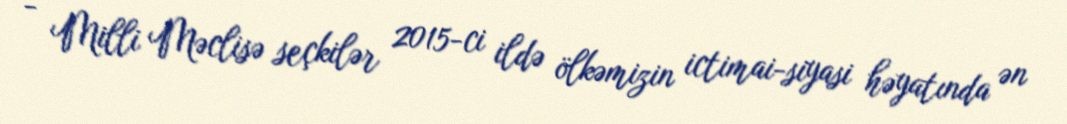
- Milli Məclisə seçkilər 2015-ci ildə ölkəmizin ictimai-siyasi həyatında ən